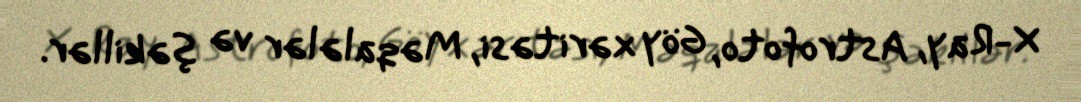
X-Ray, Astrofoto, Göy xəritəsi, Məqalələr və şəkillər.